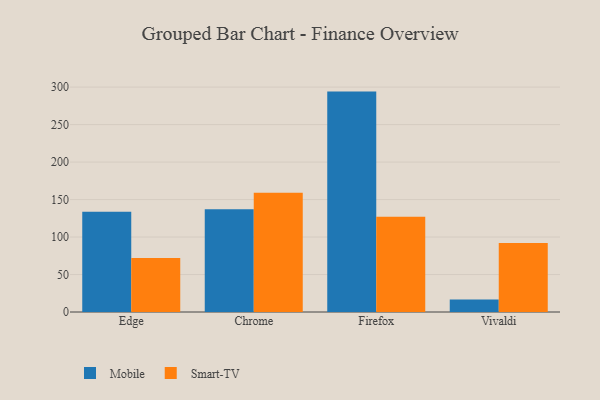
{"axis": {"x": "Browser", "y": "Inventory Turnover"}, "legend": ["Mobile", "Smart-TV"], "data": [{"x": "Edge", "y": 133.6, "type": "Mobile"}, {"x": "Edge", "y": 71.9, "type": "Smart-TV"}, {"x": "Chrome", "y": 137.1, "type": "Mobile"}, {"x": "Chrome", "y": 159.1, "type": "Smart-TV"}, {"x": "Firefox", "y": 294.0, "type": "Mobile"}, {"x": "Firefox", "y": 127.2, "type": "Smart-TV"}, {"x": "Vivaldi", "y": 16.6, "type": "Mobile"}, {"x": "Vivaldi", "y": 92.0, "type": "Smart-TV"}]}